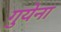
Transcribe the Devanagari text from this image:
गुयेना